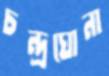
চন্দ্রঘোনা